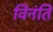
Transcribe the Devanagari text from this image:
विनंति